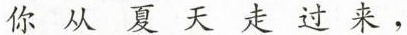
你从夏天走过来，